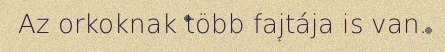
Az orkoknak több fajtája is van.